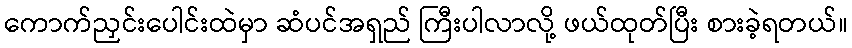
ကောက်ညှင်းပေါင်းထဲမှာ ဆံပင်အရှည် ကြီးပါလာလို့ ဖယ်ထုတ်ပြီး စားခဲ့ရတယ်။